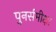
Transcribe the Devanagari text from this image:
पुनर्समीक्षा